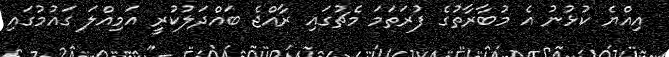
އިއްޔެ ކުޅުނު އެ މުބާރާތުގެ ފުރަތަމަ މެޗުގައި ރާއްޖެ ބައްދަލުކުރީ އަމިއްލަ ގައުމުގައި